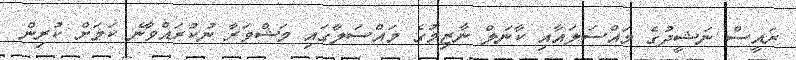
ރައީސް ނަޝީދުގެ މައްސަލައާއި ކާނަލް ނާޒިމުގެ މައްސަލާގައި މަޝްވަރާ ނުކުރައްވާނެ ކަމަށް ކުރިން